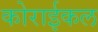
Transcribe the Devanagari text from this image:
कोराईकल